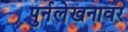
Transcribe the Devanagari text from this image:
पुर्नलेखनावर